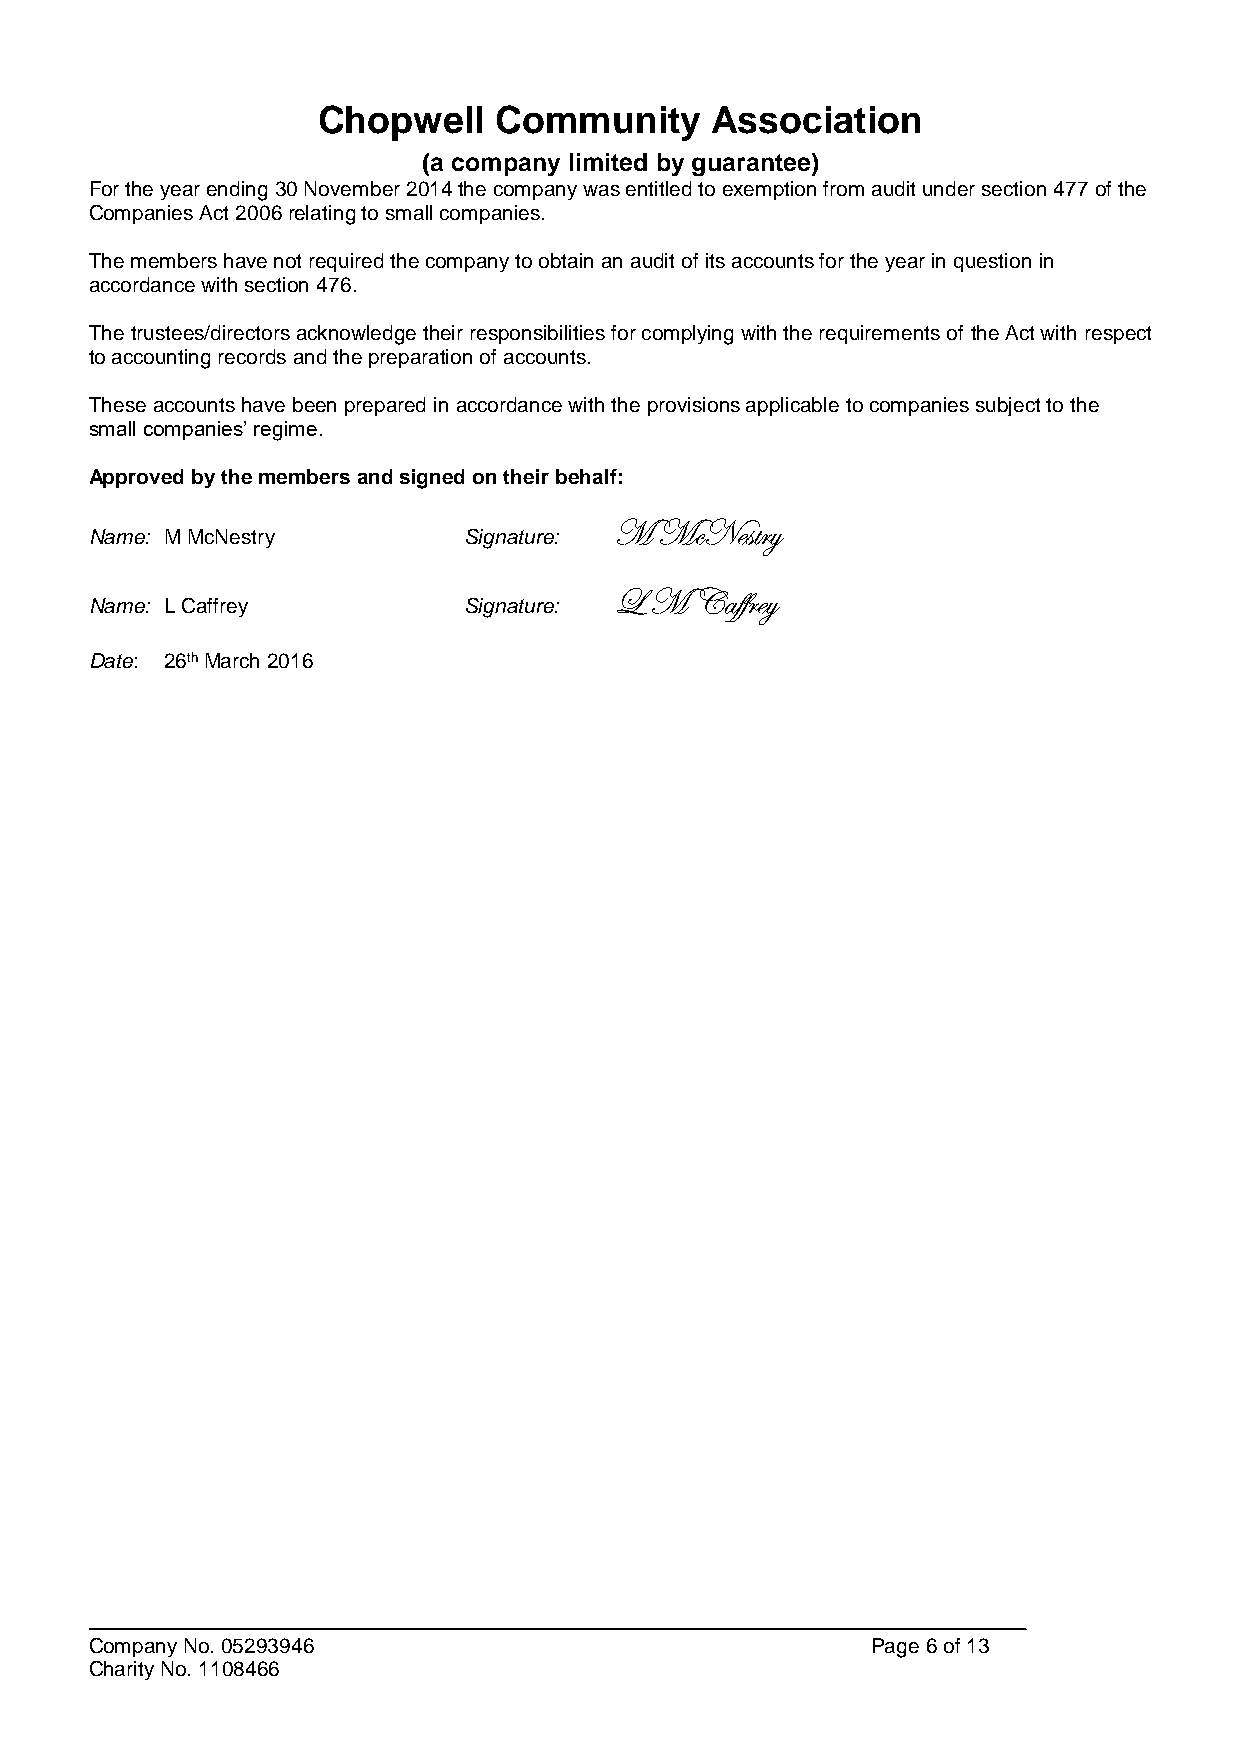
Chopwell    Community     Association
 (a company limited by guarantee)
 For the year ending 30 November 2014 the company was entitled to exemption from audit under section 477 of the
 Companies Act 2006 relating to small companies.
 The members have not required the company to obtain an audit of its accounts for the year in question in
 accordance with section 476.
 The trustees/directors acknowledge their responsibilities for complying with the requirements of the Act with respect
 to accounting records and the preparation of accounts.
 These accounts have been prepared in accordance with the provisions applicable to companies subject to the
 small companies’ regime.
 Approved by the members and signed on their behalf:
 M  McNestry
 Name: M McNestry         Signature:
 L M  Caffrey
 Name: L Caffrey          Signature:
 Date: 26th March 2016
 Company No. 05293946                                Page 6 of 13
 Charity No. 1108466